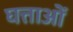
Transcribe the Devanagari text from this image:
घत्ताओं